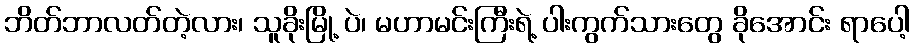
ဘိတ်ဘာလတ်တဲ့လား၊ သူခိုးမြို့ ပဲ၊ မဟာမင်းကြီးရဲ့ ပါးကွက်သားတွေ ခိုအောင်း ရာပေါ့